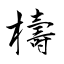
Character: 檮